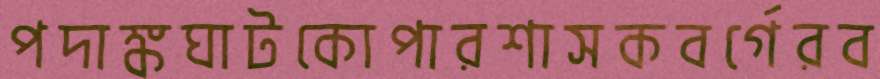
পদাঙ্কঘাটকোপারশাসকবর্গেরব